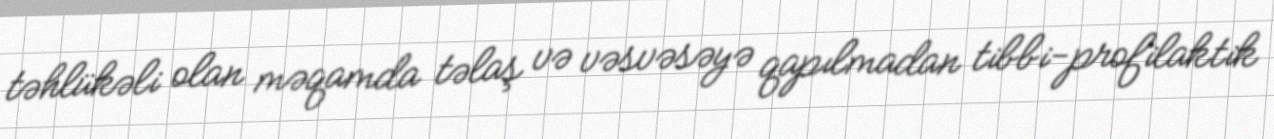
təhlükəli olan məqamda təlaş və vəsvəsəyə qapılmadan tibbi-profilaktik